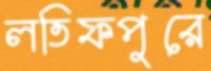
লতিফপুরে